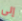
إلى